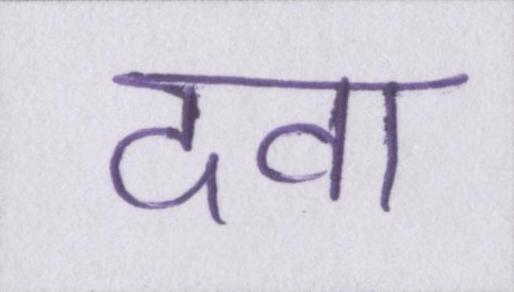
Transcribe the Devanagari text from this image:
दवा